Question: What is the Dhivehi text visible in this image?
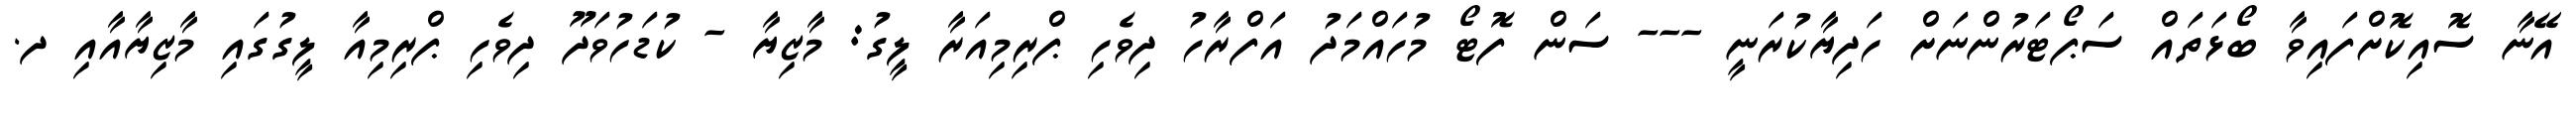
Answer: އޭނާ ސޮއިކޮށްފައިވާ ބޯޅަތައް ސަޕޯޓަރުންނަށް ހަދިޔާކުރަނީ --- ސަން ފޮޓޯ މުހައްމަދު އަފްރާހު ދިވެހި ޕްރިމިއަރާ ލީގު: މާޒިޔާ - ކުޑަހުވަދޫ ދިވެހި ޕްރިމިއާ ލީގުގައި މާޒިޔާއާއި ދ.